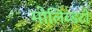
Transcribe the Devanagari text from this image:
मोलिब्डटों